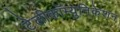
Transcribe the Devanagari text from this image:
टेलीकॉम्युनिकेशन